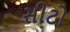
સીટો